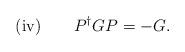
LaTeX: \begin{align*}\mbox{(iv)} \qquad P^{\dagger} G P = -G.\end{align*}